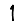
Digit: 1